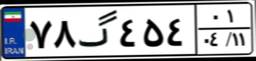
۴۵گ۵۶۸۰۳